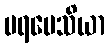
ပရပေသိယာ